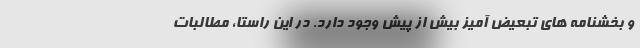
و بخشنامه های تبعیض آمیز بیش از پیش وجود دارد. در این راستا، مطالبات